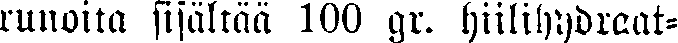
runoita sisältää 100 gr. hiilihydraat-